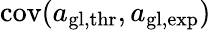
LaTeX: \mathrm{cov}(a_{\mathrm{gl,thr}},a_{\mathrm{gl,exp}})